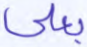
بعلي